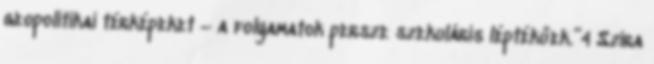
geopolitikai térképeket – a folyamatok persze szekuláris léptékűek.”4 Szira